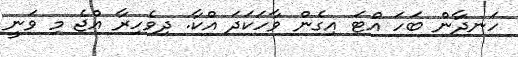
ހަނދާން ބަހަ އްޓަ އިގެން ވާހަކަދަ އްކާ. ދިވެހިރާ އްޖެ މި ވަނީ